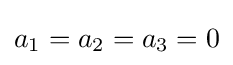
a_{1}=a_{2}=a_{3}=0